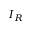
I _ { R }